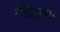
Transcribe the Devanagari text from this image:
रोखे्सचा